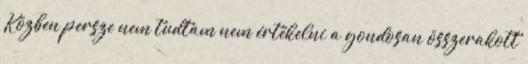
Közben persze nem tudtam nem értékelni a gondosan összerakott